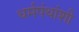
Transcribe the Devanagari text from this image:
धर्मपंथांशी